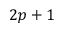
2 p + 1